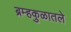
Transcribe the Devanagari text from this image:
ब्रम्हकुळातले